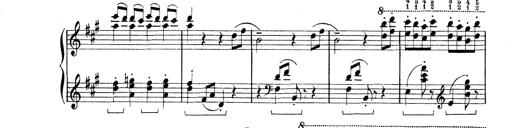
Title: Rapsodie: 19 ungheresi, 1 spagnuola
Composer: Franz Liszt